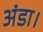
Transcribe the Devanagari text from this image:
अंडा।